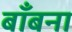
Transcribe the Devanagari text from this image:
बाँबना